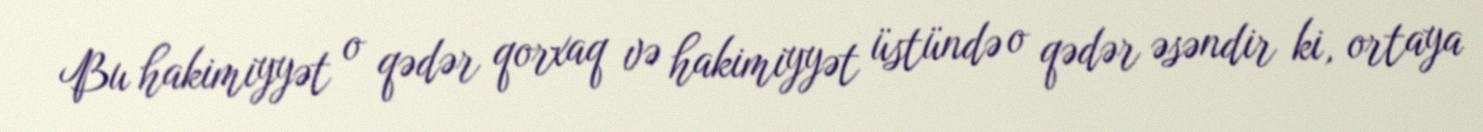
Bu hakimiyyət o qədər qorxaq və hakimiyyət üstündə o qədər əsəndir ki, ortaya